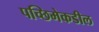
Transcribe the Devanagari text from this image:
पच्छिमेकडील